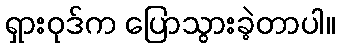
ရှားဝုဒ်က ပြောသွားခဲ့တာပါ။